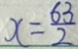
x = \frac { 6 3 } { 2 }